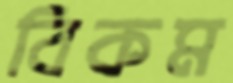
বিকম